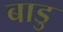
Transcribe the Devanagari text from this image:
बाडु